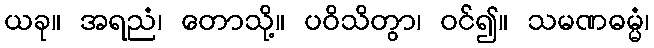
ယခု။ အရညံ၊ တောသို့။ ပဝိသိတွာ၊ ဝင်၍။ သမဏဓမ္မံ၊